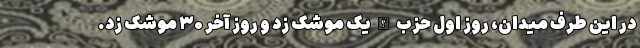
در این طرف میدان، روز اول حزب الله یک موشک زد و روز آخر ۳۰ موشک زد.